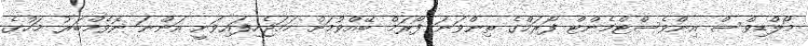
މޯލްޑިވްސް އިންވެސްޓްމެންޓް ފޯރަމްގެ ތިންވަނަ ފޯރަމް ބޭއްވުމަށް ހަމަޖެހިފައިވަނީ އަންނަ ނޮވެމްބަރު މަހުގެ